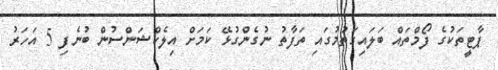
ޕާޓީތަކުގެ ފޯމްތައް ބަލައިގަތުމުގައި ތަފާތު ނުގެންގުޅޭ ކަމަށް އިލެކްޝަންސުން ބުނެފި 5 އަހަރު